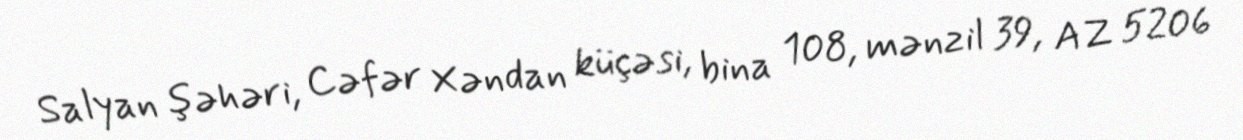
Salyan şəhəri, Cəfər Xəndan küçəsi, bina 108, mənzil 39, AZ 5206